Annual report of the Central Committee of the Association together with the report of the directors of the Pasteur Institute at Kasauli
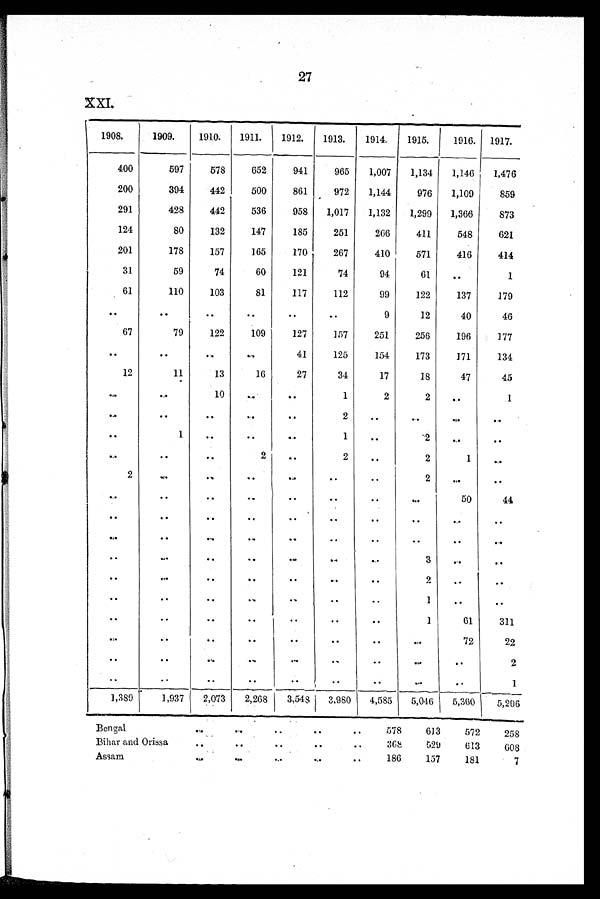
27
1908.
1909.
1910.
1911.
1912.
1913.
1914.
1915. I 1916. 1917.
400
597
578
652
941
965
1,007
1,134
1,146
1,476
200
394
442
500
861
972
1,144
976
1,109
859
291
428
442
536
958
1,017
1,132
1,299
1,366
873
124
80
132
147
185
251
266
411
548
621
201
178
157
165
170
267
410
571
416
414
31
59
74
60
121
74
94
61
..
1
61
110
103
81
117
112
99
122
137
179
. .
. .
. .
. .
. .
. .
9
12
40
46
67
79
122
109
127
157
251
256
196
177
..
..
..
..
41
125
154
173
171
134
12
11
13
16
27
34
17
18
47
45
..
. .
10
. .
. .
1
2
2
. .
1
. .
. .
. .
. .
. . .
2
..
. .
. .
. .
. .
1
. .
. .
. .
1
. .
2
...
..
. .
. . .
. .
2
. .
2
. .
2
1
. .
2
. .
..
..
..
. .
. .
2
. .
. .
..
..
..
..
..
..
..
..
50
44
..
..
..
..
..
..
..
..
..
. .
..
..
..
..
..
..
..
..
..
. .
..
..
..
..
..
..
. .
3
..
. .
. .
. .
. .
. .
. .
. .
. .
2
..
. .
. .
..
. .
. .
. .
..
. .
1
..
. .
. .
. .
. .
. .
. .
. .
. .
1
6 1
311
. .
..
..
••
. .
. .
. .
. .
72
22
. .
..
. .
..
. .
. .
. .
. .
. .
. .
. .
. .
. .
. .
. .
. .
. .
. .
2
1
1,389
1,937
2,073
2,268
3,548
3,980
4,585
5,046
5,360 5,206
Bengal
..
. .
. .
. .
.
578
613
572
258
Bihar and Orissa
. .
. .
. .
. .
. .
368
529
613
603
Assam
. .
. . . . .
. .
..
..
186
157
181
7